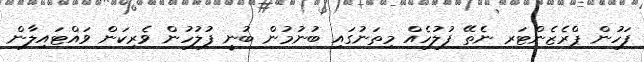
ފަހުން ޕްރެޒެންޓަރ ނެތޭ ފުލުހެއް މިތަނުގައި ބުނުމުން ބުނީ ފުލުހުން ވެރިކަން ވައްޓައިލާން